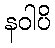
နဝါပိ